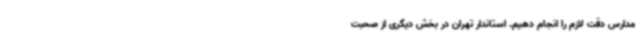
مدارس دقت لازم را انجام دهیم. استاندار تهران در بخش دیگری از صحبت